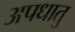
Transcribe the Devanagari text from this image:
अपधातु